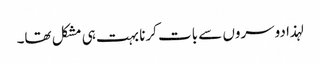
لہذا دوسروں سے بات کرنا بہت ہی مشکل تھا۔